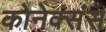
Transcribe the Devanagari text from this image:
कोनेक्संस